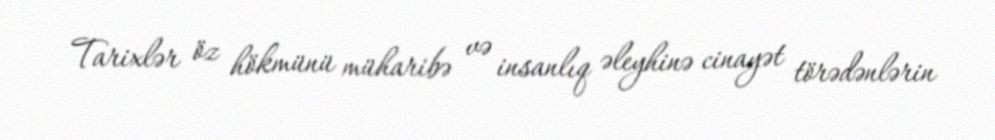
Tarixlər öz hökmünü müharibə və insanlıq əleyhinə cinayət törədənlərin